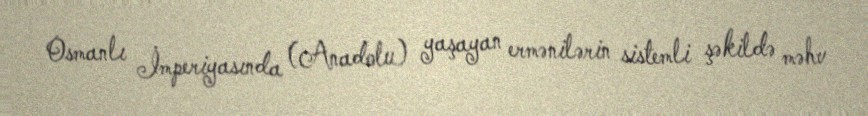
Osmanlı İmperiyasında (Anadolu) yaşayan ermənilərin sistemli şəkildə məhv